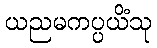
ယညမကပ္ပယိံသု